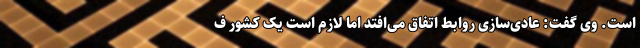
است. وی گفت: عادی‌سازی روابط اتفاق می‌افتد اما لازم است یک کشور ف